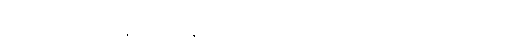
ခိပ္ပမေဝ၊ လျင်စွာသာလျှင်။ နိဗောဓတိ၊ သိ၏။ သော၊ ထိုသူသည်။ သတ္တုကာ၊